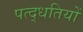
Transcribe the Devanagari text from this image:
पत्द्धतियों